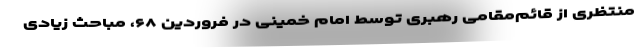
منتظری از قائم‌مقامی رهبری توسط امام خمینی در فروردین ۶۸، مباحث زیادی